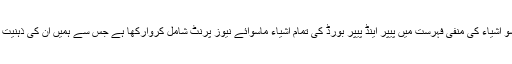
ہمارے اعلیٰ حکام نے بارہ سو اشیاء کی منفی فہرست میں پیپر اینڈ پیپر بورڈ کی تمام اشیاء ماسوائے نیوز پرنٹ شامل کروارکھا ہے جس سے ہمیں اُن کی ذہنیت واضح طور پر نظر آتی ہے۔